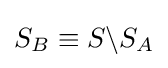
S_{B}\equiv S\backslash S_{A}